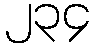
၂၃၄